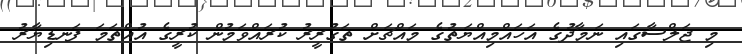
މި ޖަލްސާގައި ނަމާދުގެ އަހައްމިއްޔަތުގެ މައްޗަށް ތަގުރީރު ކުރައްވަމުން ކުރީގެ އުއްތަމަ ފަނޑިޔާރު